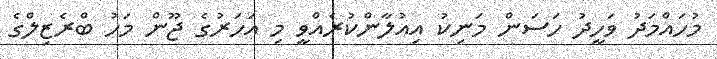
މުހައްމަދު ވަހީދު ހަސަން މަނިކު އިއުލާންކުރެއްވީ މި އަހަރުގެ ޖޫން މަހު ބްރެޒިލްގެ